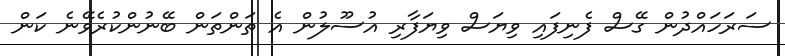
ސަރަހައްދުން ގޭސް ފެނިފައި ވިޔަސް ވިޔަފާރި އުސޫލުން އެ ތަންތަން ބޭނުންކުރެވޭނެ ކަން